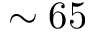
\sim 6 5